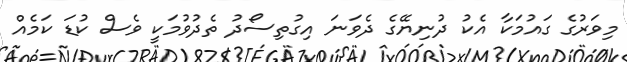
މިވަރުގެ ގައުމަކާ އެކު ދުނިޔޭގެ ދެވަނަ އިގުތިސޯދު ތެދުވުމަކީ ވެސް ކުޑަ ކަމެއް